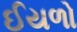
ઈયળો